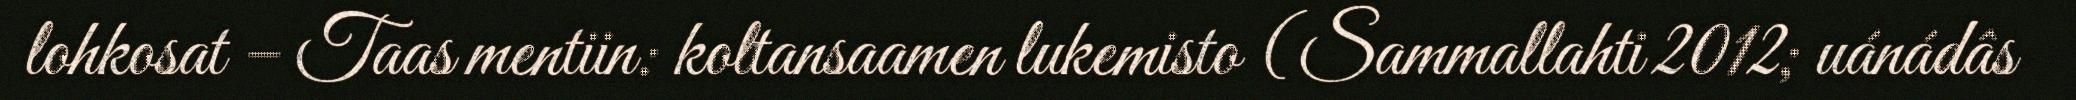
lohkosat – Taas mentiin: koltansaamen lukemisto (Sammallahti 2012; uánádâs